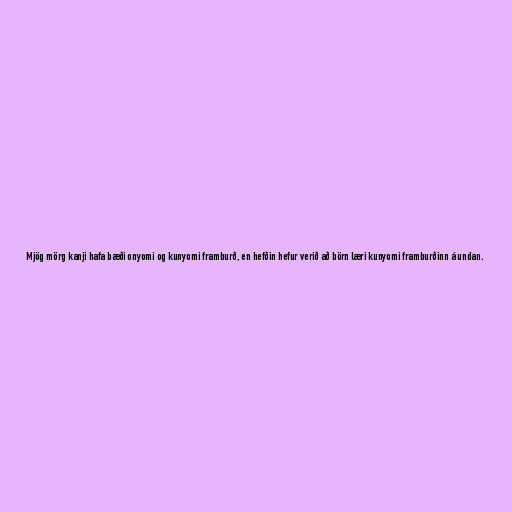
Mjög mörg kanji hafa bæði onyomi og kunyomi framburð, en hefðin hefur verið að börn læri kunyomi framburðinn á undan.